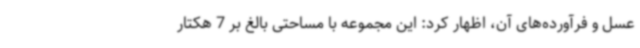
عسل و فرآورده‌های آن، اظهار کرد: این مجموعه با مساحتی بالغ بر 7 هکتار